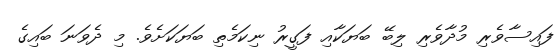
ފައިސާވެރި މުދާވެރި ލިބޭ ބަޔަކާއި ފަގީރު ނިކަމެތި ބަޔަކަށެވެ. މި ދެވަނަ ބައިގެ